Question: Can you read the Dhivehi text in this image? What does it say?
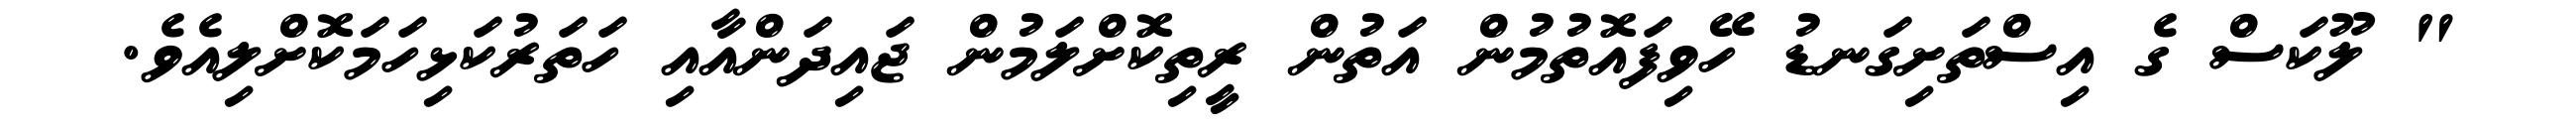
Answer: " ލޫކަސް ގެ އިސްތަށިގަނޑު ހޭވިފައޮތުމުން އަތުން ރީތިކޮށްލަމުން ޖައިދަންއާއި ހަތަރުކަޅިހަމަކޮށްލިއެވެ.